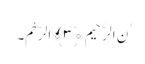
ٰنِ الرَّحِیمِ ﴿٣﴾الرَّحْمَ۔